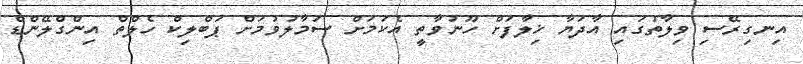
އިނގިރޭސި ވިލާތުގައި އާދަޔާ ޚިލާފަށް ހޫނުވާތީ އެކަމަށް ސަމާލުވުމަށް ޕަބްލިކް ހެލްތް އިންގްލޭންޑް